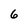
Character: 6